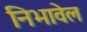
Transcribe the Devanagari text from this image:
निभावेल